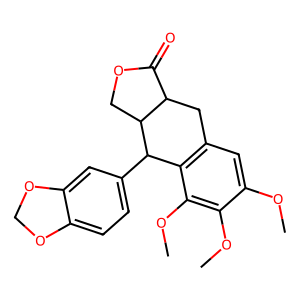
SMILES: COc1cc2c(c(OC)c1OC)C(c1ccc3c(c1)OCO3)C1COC(=O)C1C2
Inhibits HIV replication: No